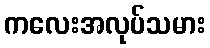
ကလေးအလုပ်သမား